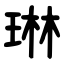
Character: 琳